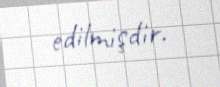
edilmişdir.